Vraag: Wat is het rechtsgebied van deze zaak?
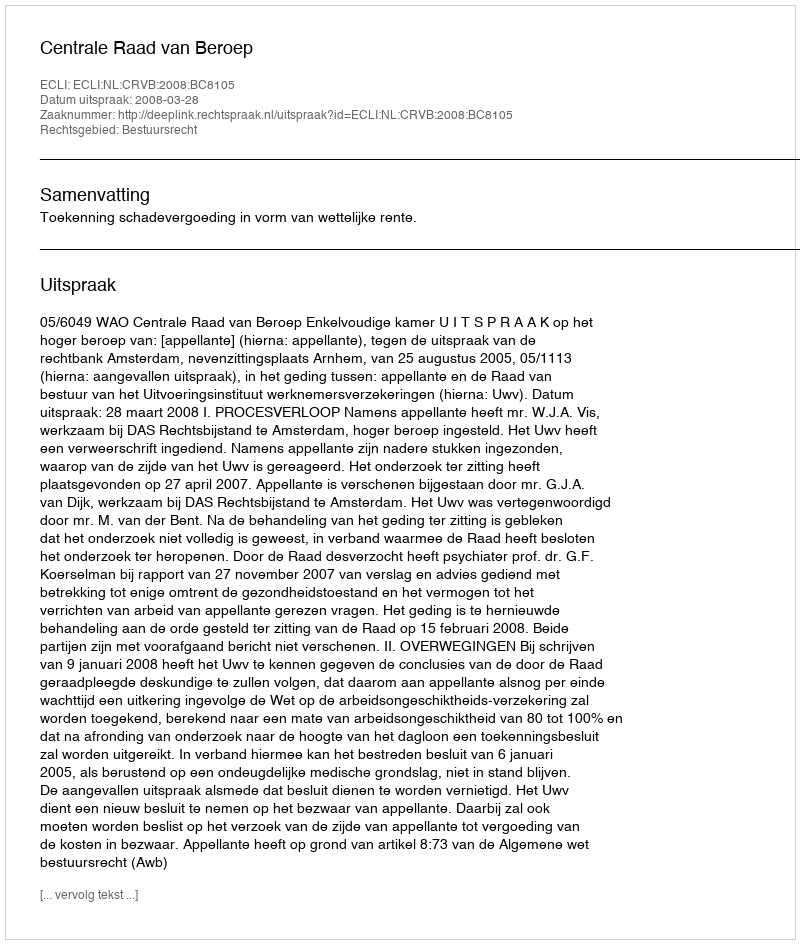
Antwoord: Bestuursrecht